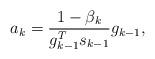
LaTeX: \begin{align*}a_k = \frac{1-\beta_k}{g_{k-1}^Ts_{k-1}} g_{k-1},\end{align*}